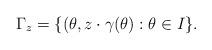
LaTeX: \begin{align*}\Gamma_z = \{(\theta, z\cdot \gamma(\theta) : \theta \in I\}.\end{align*}